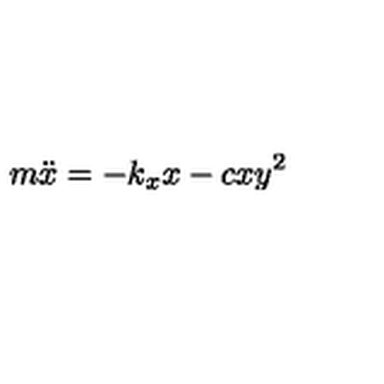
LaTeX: m { \ddot { x } } = - k _ { x } x - c x y ^ { 2 }